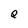
Character: Q